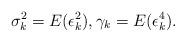
LaTeX: \begin{align*} \sigma_k^2 = E( \epsilon_k^2 ), \gamma_k = E( \epsilon_k^4 ).\end{align*}